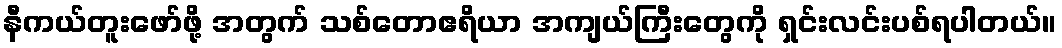
နီကယ်တူးဖော်ဖို့ အတွက် သစ်တောဧရိယာ အကျယ်ကြီးတွေကို ရှင်းလင်းပစ်ရပါတယ်။